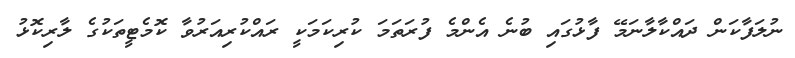
ނުލަފާކަން ދައްކާލާނަމޭ ފާޅުގައި ބުނެ އެންމެ ފުރަތަމަ ކުރިކަމަކީ ރައްކުރިއަރުވާ ކޮމެޓީތަކުގެ ލާރިކޮޅު